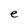
Character: e